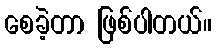
စေခဲ့တာ ဖြစ်ပါတယ်။